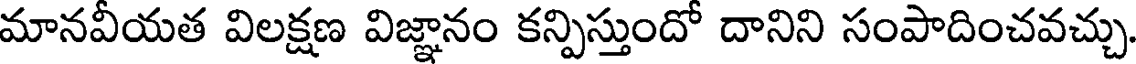
మానవీయత విలక్షణ విజ్ఞానం కన్పిస్తుందో దానిని సంపాదించవచ్చు